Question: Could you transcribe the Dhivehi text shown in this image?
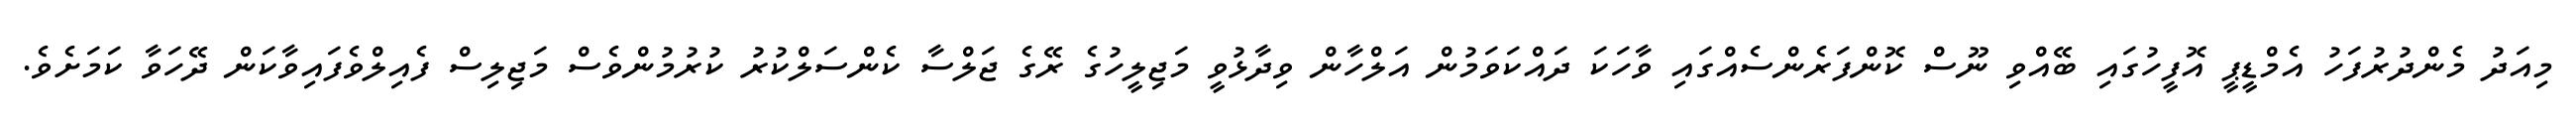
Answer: މިއަދު މެންދުރުފަހު އެމްޑީޕީ އޮފީހުގައި ބޭއްވި ނޫސް ކޮންފަރެންސެއްގައި ވާހަކަ ދައްކަވަމުން އަލްހާން ވިދާޅުވީ މަޖިލީހުގެ ރޭގެ ޖަލްސާ ކެންސަލްކުރު ކުރުމުންވެސް މަޖިލިސް ފެއިލްވެފައިވާކަން ދޭހަވާ ކަމަށެވެ.